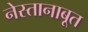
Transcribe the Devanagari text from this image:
नेस्तानाबूत